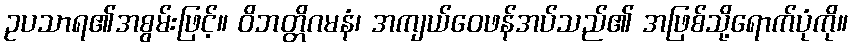
ဥပသာရ၏အစွမ်းဖြင့်။ ဝိဘတ္တိဂမနံ၊ အကျယ်ဝေဖန်အပ်သည်၏ အဖြစ်သို့ရောက်ပုံကို။